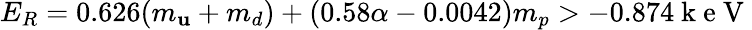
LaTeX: E_{R}=0.626(m_{\mathbf{u}}+m_{d})+(0.58\alpha-0.0042)m_{p}>-0.874\mathrm{{~k~e~V~}}